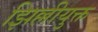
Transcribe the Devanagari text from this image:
झिल्लीयुक्त